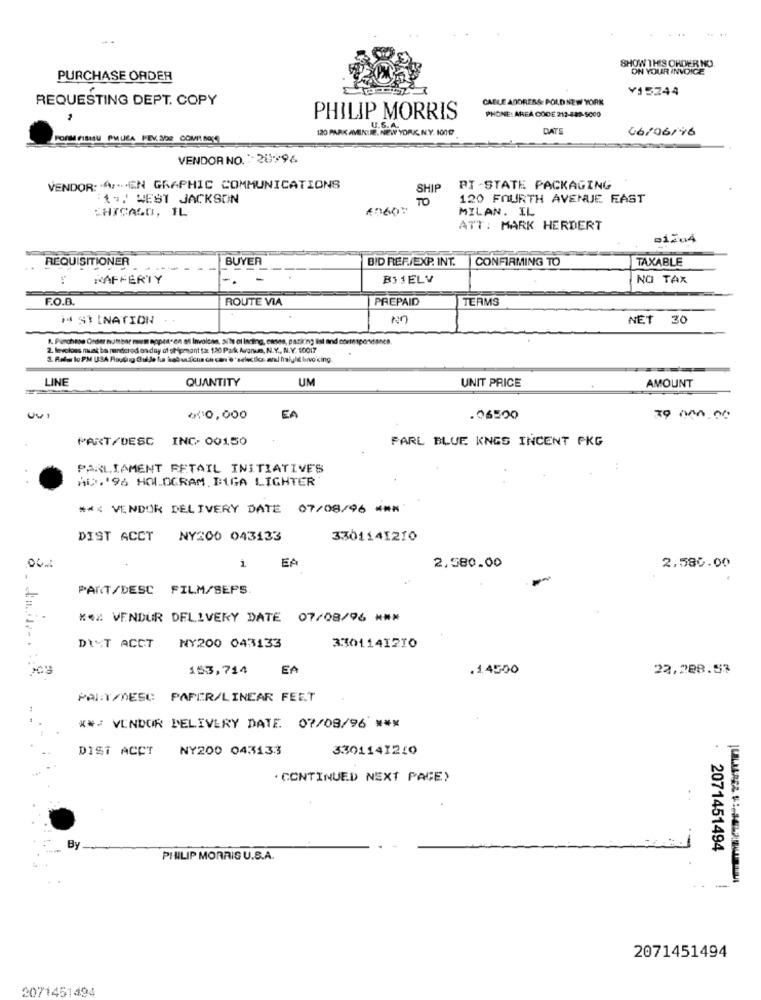
SHOW THIS ORDER NO.
ON YOUR INVOICE
PURCHASE ORDER
Y15244
REQUESTING DEPT. COPY
CABLE ADDRESS: POLD NEW YORK
PHONE: AREA CODE 212-449- 5000
PHILIP MORRIS
120 PARK /MINITE, NEW YORK, N.Y. 1009
U.S.A.
DATE
06/06/96
PORMPIBIEN PHUEA PEV. 300 COMINGS
VENDOR NO. : 20996
VENDOR: VEN GRAPHIC COMMUNICATIONS
SHIP
PI -STATE PACKAGING
1. WEST JACKSON
TO
120 FOURTH AVENUE FAST
CHICAGO, IL
#0607
MILAN. IL
ATT: MARK HERDERT
01204
BUYER
BID RER/EXP. INT.
CONFIRMING TO
TAXABLE
REQUISITIONER
RAFFERTY
-
BISELV
NO TAX
F.O.B.
ROUTE VIA
PREPAID
TERMS
14 ST INATION
NO
NET
30
1. Purchase Order nutteor mum appearen af Involcan, aile ol Incting, cases, patixing list and correspondance.
2. levokoes must ba pendcrod on day of shipmeant to: 120 Park Argnum, N.Y ., N.Y. 10017
3. Relas lo PM USA Flouting GulJe tus kschuukna ch can'e'selectla and friuli buvo cing.
LINE
QUANTITY
UM
UNIT PRICE
AMOUNT
₾0,000
EA
.06500
79 000.00
PART/DESC
INC. 00150
PARL BLUE KINGS INCENT PKG
PARLIAMENT RETAIL INITIATIVE'S
ADD.'96 HOLOGRAM DIGA LIGHTER
*** VENDOR DELIVERY DATE 07/08/96 ****
DIST ACCT
NY200 043133
3301141210
06
1
EA
2.580.00
2.580.00
PANT/DESC FILM/SEPS
K4X VENDUR DELIVERY DATE 07/08/96 ***
DIMT ACCT
NY200 043133
3301141210
153,714
EA
.1.4500
22.288.53
PAI:T/DESC PAPER/LINEAR FEET
..
** / VENDOR DELIVERY DATE. 07/08/96 ***
DIST ACCT
NY200 043133
3301141250
. CONTINUED NEXT PAGE)
By
2071451494
PINLIP MORRIS U.S.A.
-
2071451494
2071451494